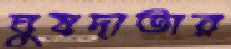
ঘুষদাতার